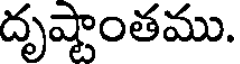
దృష్టాంతము.